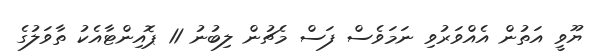
ޔޫވީ އަތުން އެއްވަރުވި ނަމަވެސް ފަސް މެޗުން ލިބުނު 11 ޕޮއިންޓާއެކު ތާވަލުގެ